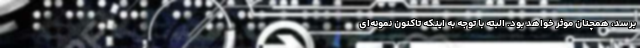
برسد، همچنان موثر خواهد بود. البته با توجه به اینکه تاکنون نمونه‌‌‌ای